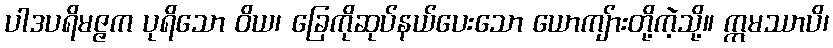
ပါဒပရိမဇ္ဇက ပုရိသော ဝိယ၊ ခြေကိုဆုပ်နယ်ပေးသော ယောကျ်ားတို့ကဲ့သို့။ ဣမဿာပိ၊